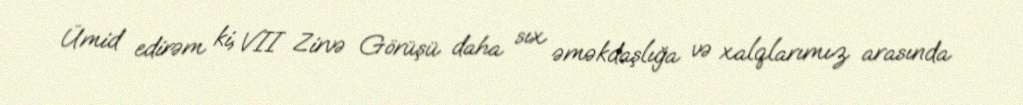
Ümid edirəm ki, VII Zirvə Görüşü daha sıx əməkdaşlığa və xalqlarımız arasında